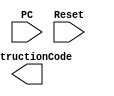
module processor(
    input [31:0] PC,
    input Reset,
    output [31:0] InstructionCode
    );


endmodule